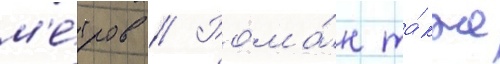
м'е́тров // Рома́н та́кже